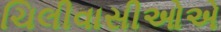
ચિલીવાસીઓએ